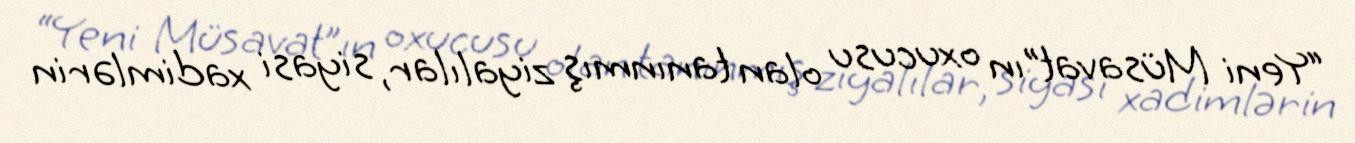
“Yeni Müsavat”ın oxucusu olan tanınmış ziyalılar, siyasi xadimlərin